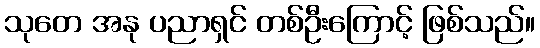
သုတေ အနု ပညာရှင် တစ်ဦးကြောင့် ဖြစ်သည်။